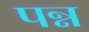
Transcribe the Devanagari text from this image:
पन्न